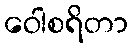
ဝေါစရိတာ